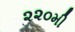
૨૨૦મી